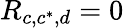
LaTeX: R_{c,c^{*},d}=0